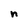
Character: n